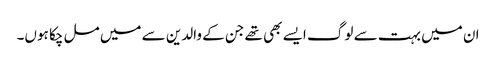
ان میں بہت سے لوگ ایسے بھی تھے جن کے والدین سے میں مل چکا ہوں۔